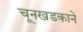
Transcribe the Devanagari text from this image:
चूनखडकाने